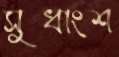
সুধাংশ